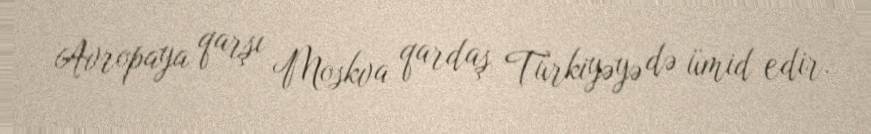
Avropaya qarşı Moskva qardaş Türkiyəyə də ümid edir.